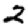
Digit: 2